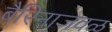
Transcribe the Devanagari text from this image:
बैरिनाजवळ